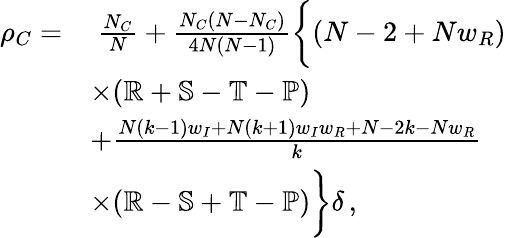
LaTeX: \begin{array}{rl}{\rho_{C}=}&{~\frac{N_{C}}{N}+\frac{N_{C}(N-N_{C})}{4N(N-1)}\bigg\{ (N-2+Nw_{R})}\\ &{\times(\mathbb{R}+\mathbb{S}-\mathbb{T}-\mathbb{P})}\\ &{+\frac{N(k-1)w_{I}+N(k+1)w_{I}w_{R}+N-2k-Nw_{R}}{k}}\\ &{\times(\mathbb{R}-\mathbb{S}+\mathbb{T}-\mathbb{P})\bigg\} \delta\, ,}\end{array}